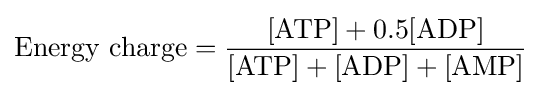
\mathrm {Energy} {\text{ }}\mathrm {charge} ={\frac {[\mathrm {ATP} ]+0.5[\mathrm {ADP} ]}{[\mathrm {ATP} ]+[\mathrm {ADP} ]+[\mathrm {AMP} ]}}